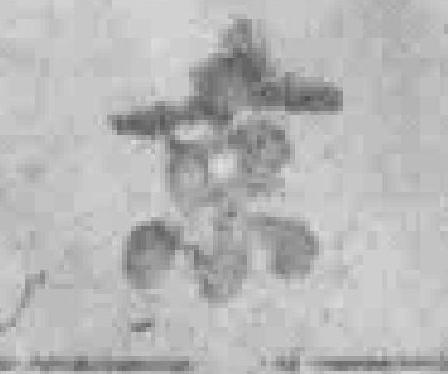
京